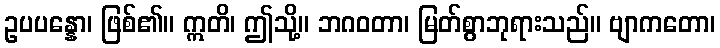
ဥပပန္နော၊ ဖြစ်၏။ ဣတိ၊ ဤသို့။ ဘဂဝတာ၊ မြတ်စွာဘုရားသည်။ ဗျာကတော၊